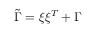
\tilde { \Gamma } = \xi \xi ^ { T } + \Gamma